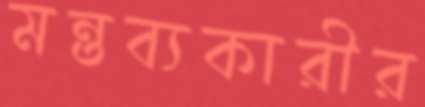
মন্তব্যকারীর